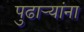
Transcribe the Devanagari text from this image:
पुढाऱ्यांना